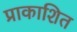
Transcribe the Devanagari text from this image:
प्राकाशित